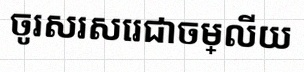
ចូរសរសេរជាចម្លើយ